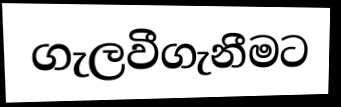
ගැලවීගැනීමට